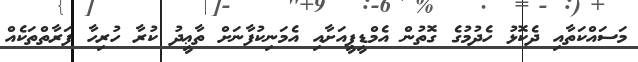
މަސައްކަތާއި ދެކޮޅު ހެދުމުގެ ގޮތުން އެމްޑީޕީއަށާއި އެމަނިކުފާނަށް ތާޢީދު ކުރާ ހުރިހާ ފަރާތްތަކެއް